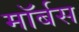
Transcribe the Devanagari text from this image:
मॉर्बस